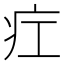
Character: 疘